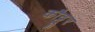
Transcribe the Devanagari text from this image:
कौट्टूर